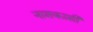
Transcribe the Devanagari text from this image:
नाशकाशी